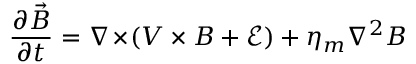
\frac { \partial \vec { B } } { \partial t } = \nabla \! \times \! \left( \boldsymbol { V } \times \boldsymbol { B } + \boldsymbol { \mathcal { E } } \right) + \eta _ { m } \nabla ^ { 2 } \boldsymbol { B }